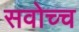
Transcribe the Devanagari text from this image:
सवोच्च